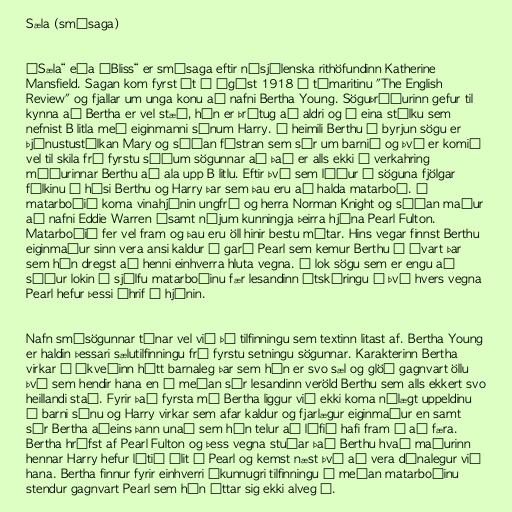
Sæla (smásaga)

„Sæla“ eða „Bliss“ er smásaga eftir nýsjálenska rithöfundinn Katherine
Mansfield. Sagan kom fyrst út í ágúst 1918 í tímaritinu "The English
Review" og fjallar um unga konu að nafni Bertha Young. Söguþráðurinn gefur til
kynna að Bertha er vel stæð, hún er þrítug að aldri og á eina stúlku sem
nefnist B litla með eiginmanni sínum Harry. Á heimili Berthu í byrjun sögu er
þjónustustúlkan Mary og síðan fóstran sem sér um barnið og því er komið
vel til skila frá fyrstu síðum sögunnar að það er alls ekki í verkahring
móðurinnar Berthu að ala upp B litlu. Eftir því sem líður á söguna fjölgar
fólkinu í húsi Berthu og Harry þar sem þau eru að halda matarboð. Í
matarboðið koma vinahjónin ungfrú og herra Norman Knight og síðan maður
að nafni Eddie Warren ásamt nýjum kunningja þeirra hjóna Pearl Fulton.
Matarboðið fer vel fram og þau eru öll hinir bestu mátar. Hins vegar finnst Berthu
eiginmaður sinn vera ansi kaldur í garð Pearl sem kemur Berthu á óvart þar
sem hún dregst að henni einhverra hluta vegna. Í lok sögu sem er engu að
síður lokin á sjálfu matarboðinu fær lesandinn útskýringu á því hvers vegna
Pearl hefur þessi áhrif á hjónin.

Nafn smásögunnar tónar vel við þá tilfinningu sem textinn litast af. Bertha Young
er haldin þessari sælutilfinningu frá fyrstu setningu sögunnar. Karakterinn Bertha
virkar á ákveðinn hátt barnaleg þar sem hún er svo sæl og glöð gagnvart öllu
því sem hendir hana en á meðan sér lesandinn veröld Berthu sem alls ekkert svo
heillandi stað. Fyrir það fyrsta má Bertha liggur við ekki koma nálægt uppeldinu
á barni sínu og Harry virkar sem afar kaldur og fjarlægur eiginmaður en samt
sér Bertha aðeins þann unað sem hún telur að lífið hafi fram á að færa.
Bertha hrífst af Pearl Fulton og þess vegna stuðar það Berthu hvað maðurinn
hennar Harry hefur lítið álit á Pearl og kemst næst því að vera dónalegur við
hana. Bertha finnur fyrir einhverri ókunnugri tilfinningu á meðan matarboðinu
stendur gagnvart Pearl sem hún áttar sig ekki alveg á.